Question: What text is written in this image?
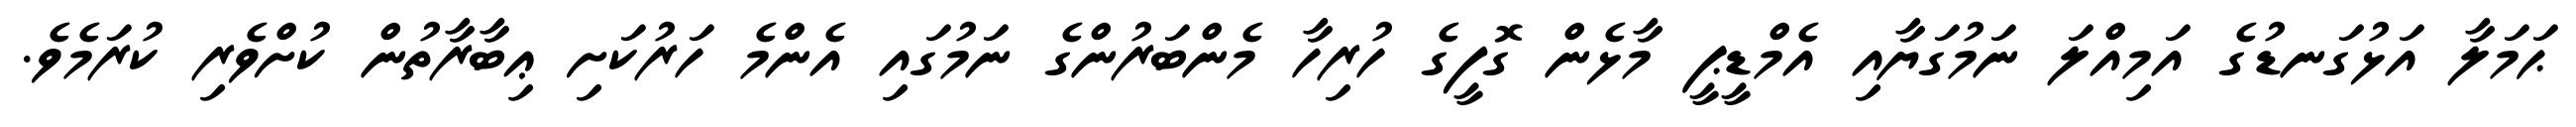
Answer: ޙަމަލާ އަޅުގަނޑުގެ އަމިއްލަ ނަމުގަޔާއި އެމްޑީޕީ މާޅެން ގޮފީގެ ހުރިހާ މެންބަރުންގެ ނަމުގައި އެންމެ ހަރުކަށި ޢިބާރާތުން ކުށްވެރި ކުރަމެވެ.